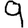
Digit: 9